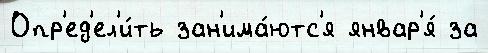
Опр'ед'ел'и́ть зан'има́ютс'я январ'я́ за